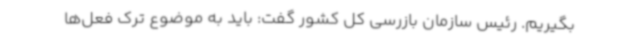
بگیریم. رئیس سازمان بازرسی کل کشور گفت: باید به موضوع ترک فعل‌ها